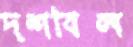
দশবিল